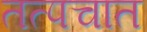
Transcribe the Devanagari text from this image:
तत्पचात